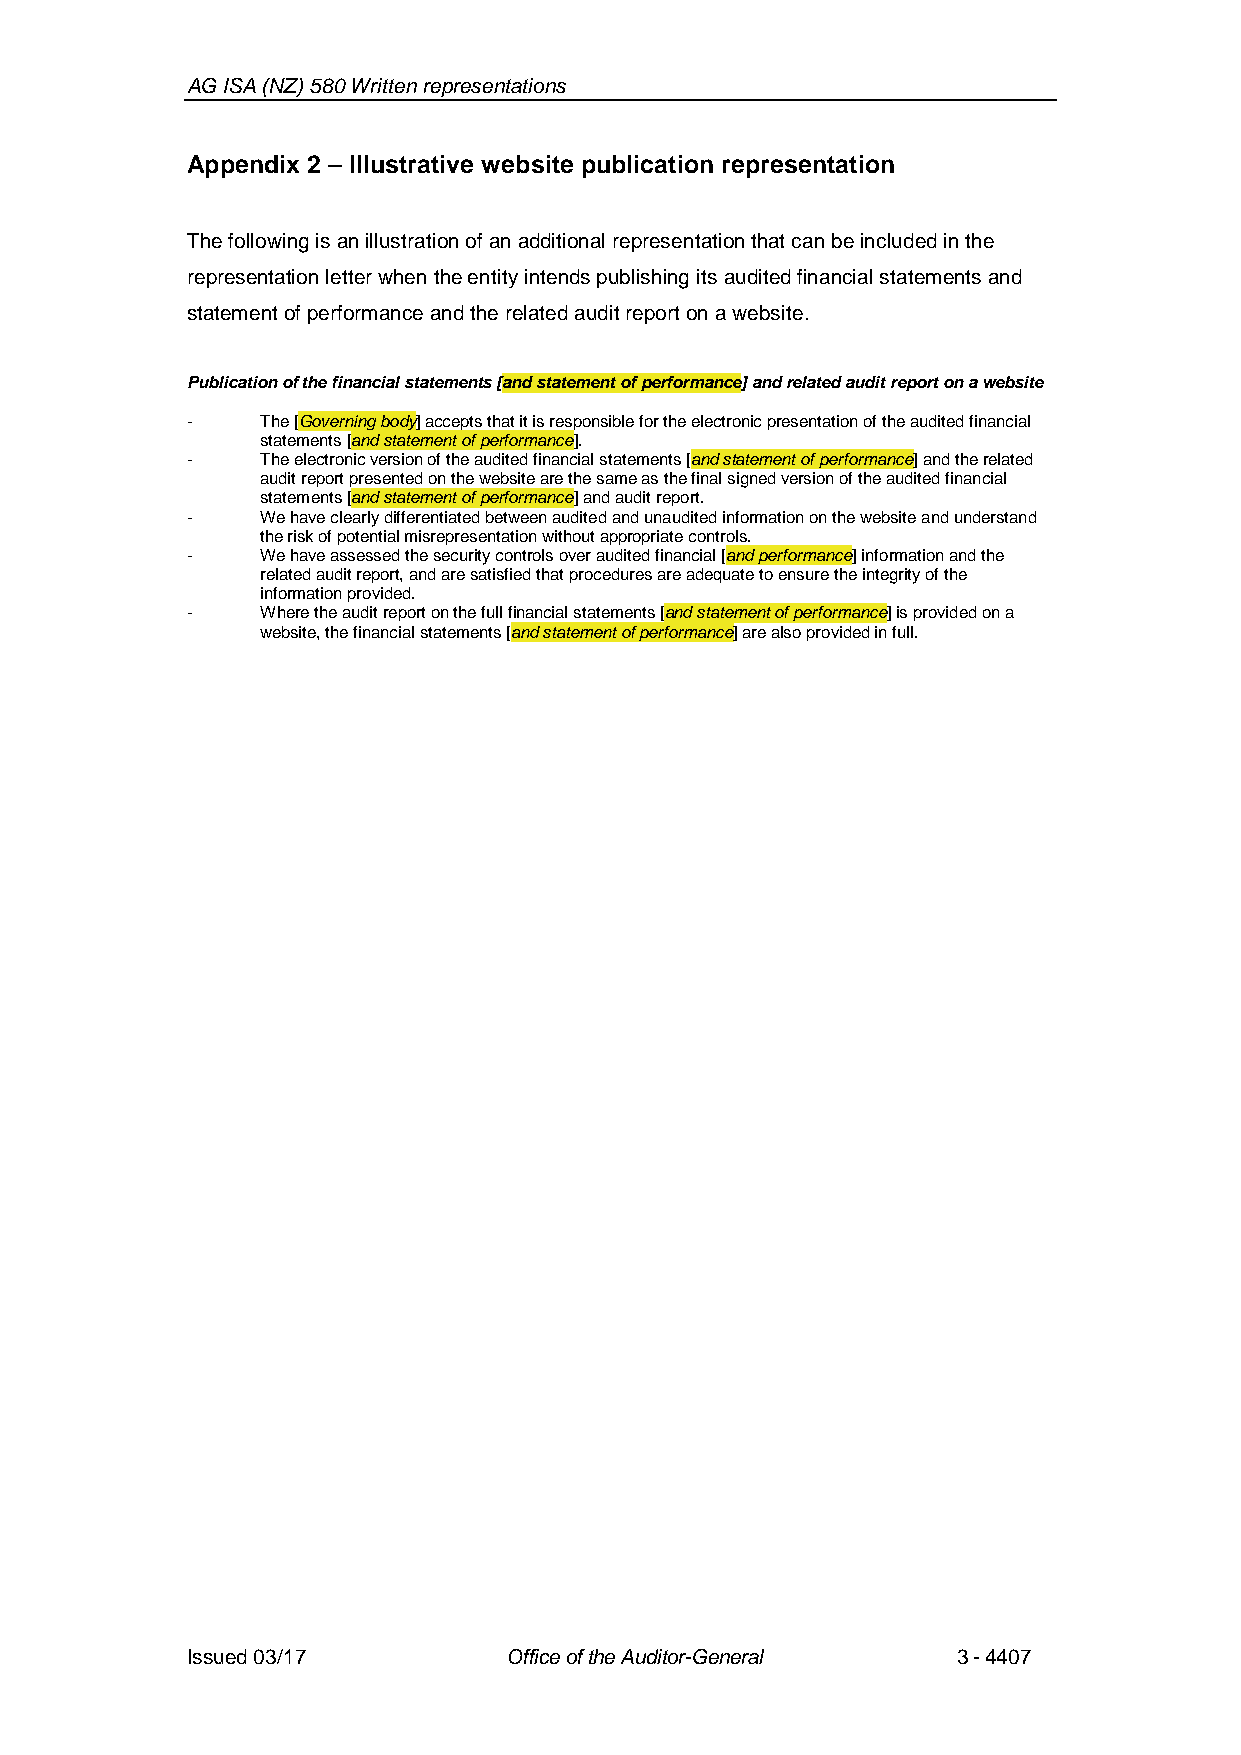
AG ISA (NZ) 580 Written representations
 Appendix 2 – Illustrative website publication representation
 The following is an illustration of an additional representation that canbe included in the
 representation letter when the entity intends publishing its audited financial statements and
 statement of performance and the related audit report on a website.
 Publication of the financial statements [and statement of performance]and related audit report on a website
 -    The [Governing body] accepts that it is responsible for the electronic presentation of the audited financial
 statements [and statement of performance].
 -    The electronic version of the audited financial statements [and statement of performance] and the related
 audit report presented on the website are the same as the final signed version of the audited financial
 statements[and statement of performance] and audit report.
 -    We have clearly differentiated between audited and unaudited information on the website and understand
 the risk of potential misrepresentation withoutappropriate controls.
 -    We have assessed the securitycontrols over audited financial [and performance] information and the
 related audit report,and are satisfied that procedures are adequate to ensure the integrity of the
 information provided.
 -    Where the audit report on the full financial statements [andstatement of performance] is provided on a
 website, the financial statements [and statement of performance] are also provided in full.
 Issued 03/17         Office of the Auditor-General 3-4407